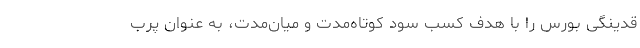
قدینگی‌ بورس را با هدف کسب سود کوتاه‌مدت و میان‌مدت، به عنوان پرب